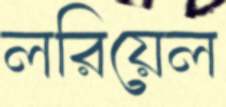
লরিয়েল